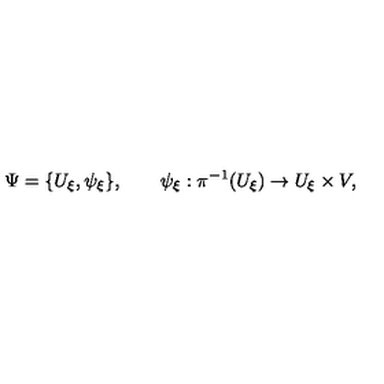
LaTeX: \Psi = \{ U _ { \xi } , \psi _ { \xi } \} , \qquad \psi _ { \xi } : \pi ^ { - 1 } ( U _ { \xi } ) \to U _ { \xi } \times V ,